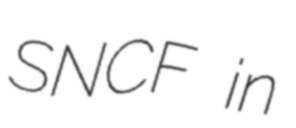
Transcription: SNCF in